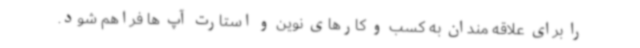
را برای علاقه مندان به کسب و کارهای نوین و استارت آپ ها فراهم شود.